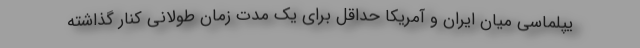
یپلماسی میان ایران و آمریکا حداقل برای یک مدت زمان طولانی کنار گذاشته